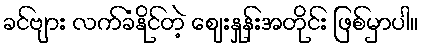
ခင်ဗျား လက်ခံနိုင်တဲ့ ဈေးနှုန်းအတိုင်း ဖြစ်မှာပါ။